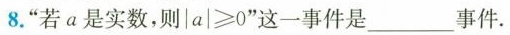
8.”若a是实数，则$$| a | ≥ 0$$”这一事件是_____事件.